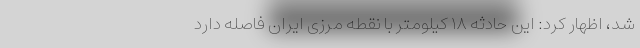
شد، اظهار کرد: این حادثه ۱۸ کیلومتر با نقطه مرزی ایران فاصله دارد